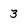
Character: 3